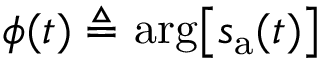
\phi ( t ) \triangleq \arg \! \left[ s _ { \mathrm { a } } ( t ) \right]